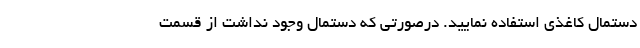
دستمال کاغذی استفاده نمایید. درصورتی که دستمال وجود نداشت از قسمت